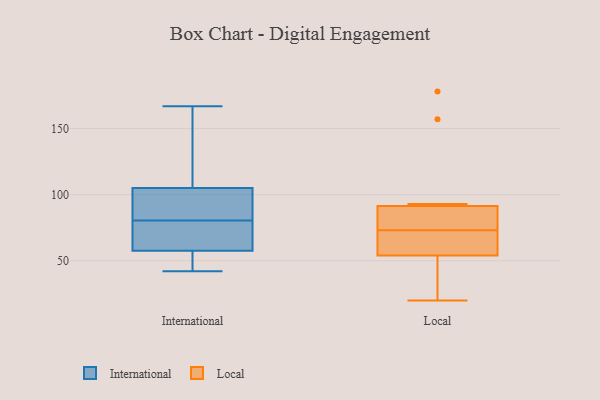
{"axis": {"x": "LTV (USD)", "y": "Value"}, "legend": ["International", "Local"], "data": [{"x": "", "y": 47, "type": "International"}, {"x": "", "y": 117, "type": "International"}, {"x": "", "y": 42, "type": "International"}, {"x": "", "y": 64, "type": "International"}, {"x": "", "y": 84, "type": "International"}, {"x": "", "y": 57, "type": "International"}, {"x": "", "y": 77, "type": "International"}, {"x": "", "y": 58, "type": "International"}, {"x": "", "y": 156, "type": "International"}, {"x": "", "y": 91, "type": "International"}, {"x": "", "y": 93, "type": "International"}, {"x": "", "y": 167, "type": "International"}, {"x": "", "y": 93, "type": "Local"}, {"x": "", "y": 73, "type": "Local"}, {"x": "", "y": 178, "type": "Local"}, {"x": "", "y": 90, "type": "Local"}, {"x": "", "y": 71, "type": "Local"}, {"x": "", "y": 157, "type": "Local"}, {"x": "", "y": 30, "type": "Local"}, {"x": "", "y": 20, "type": "Local"}, {"x": "", "y": 70, "type": "Local"}, {"x": "", "y": 89, "type": "Local"}, {"x": "", "y": 73, "type": "Local"}, {"x": "", "y": 38, "type": "Local"}]}